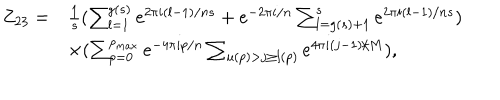
\begin{array} { l l } { { Z _ { 2 3 } = } } & { { \frac { 1 } { s } ( \sum _ { l = 1 } ^ { g ( s ) } e ^ { 2 \pi i ( l - 1 ) / n s } + e ^ { - 2 \pi i / n } \sum _ { l = g ( s ) + 1 } ^ { s } e ^ { 2 \pi i ( l - 1 ) / n s } ) } } \\ { { } } & { { \times ( \sum _ { p = 0 } ^ { p _ { m a x } } e ^ { - 4 \pi i p / n } \sum _ { u ( p ) > j \geq l ( p ) } e ^ { 4 \pi i ( j - 1 ) / M } ) , } } \\ \end{array}